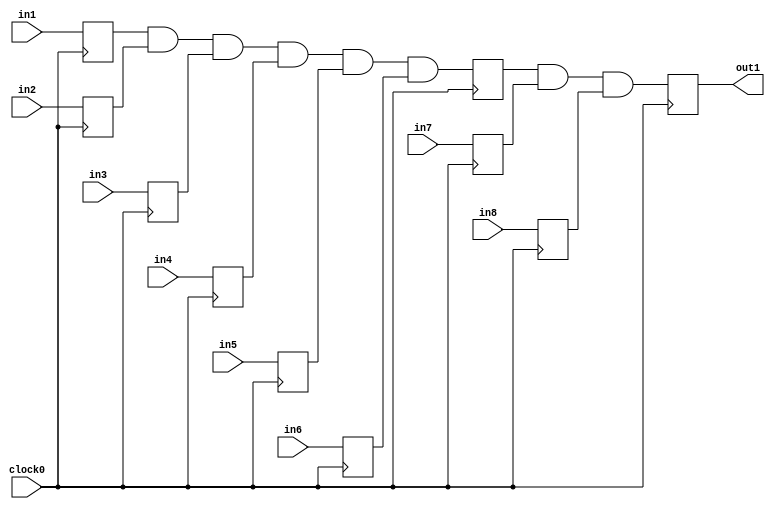
module lut2reg2lut
      (
    input clock0,
    input  in1,in2,in3,in4,in5,in6,in7,in8,
    output reg out1
);

reg in1_reg,in2_reg,in3_reg,in4_reg,in5_reg,in6_reg,in7_reg,in8_reg;
reg reg_and1_o;
wire and2_o;

always @(posedge clock0)
  begin
  	in1_reg <= in1;
  	in2_reg <= in2;
	in3_reg <= in3;
	in4_reg <= in4;
	in5_reg <= in5;
	in6_reg <= in6;
	in7_reg <= in7;
	in8_reg <= in8;
	
  end 



assign and1_o = in1_reg & in2_reg & in3_reg & in4_reg & in5_reg & in6_reg;

always @ (posedge clock0)
 begin
   reg_and1_o <= and1_o;
 end 

assign and2_o = reg_and1_o & in7_reg & in8_reg;

always @(posedge clock0)
 begin
  out1 <= and2_o;
 end

endmodule